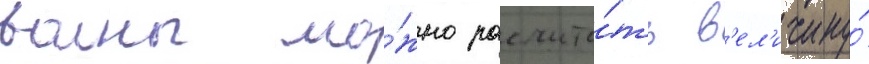
волны мо́жно рассчита́ть в'ел'ичину́